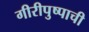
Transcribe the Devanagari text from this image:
गीरीपुष्पाची